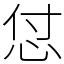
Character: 怤